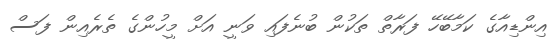
އިންޑިއާގެ ކަމާބޭހޭ ފަރާތް ތަކުން ބުނެފައި ވަނީ އަށް މީހުންގެ ތެރެއިން ފަސް